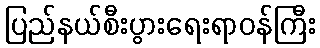
ပြည်နယ်စီးပွားရေးရာဝန်ကြီး